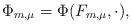
LaTeX: \begin{align*}\Phi_{m,\mu}=\Phi( F_{m,\mu} , \cdot ),\end{align*}